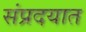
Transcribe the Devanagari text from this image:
संप्रदयात